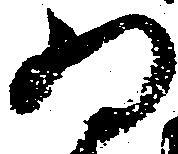
為